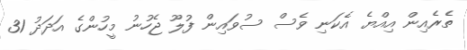
ތެރެއިން އިއްޔެ އެކަނި ވެސް ސުވައިން ފުލޫ ޖެހުނު މީހުންގެ އަދަދު 31